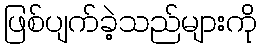
ဖြစ်ပျက်ခဲ့သည်များကို